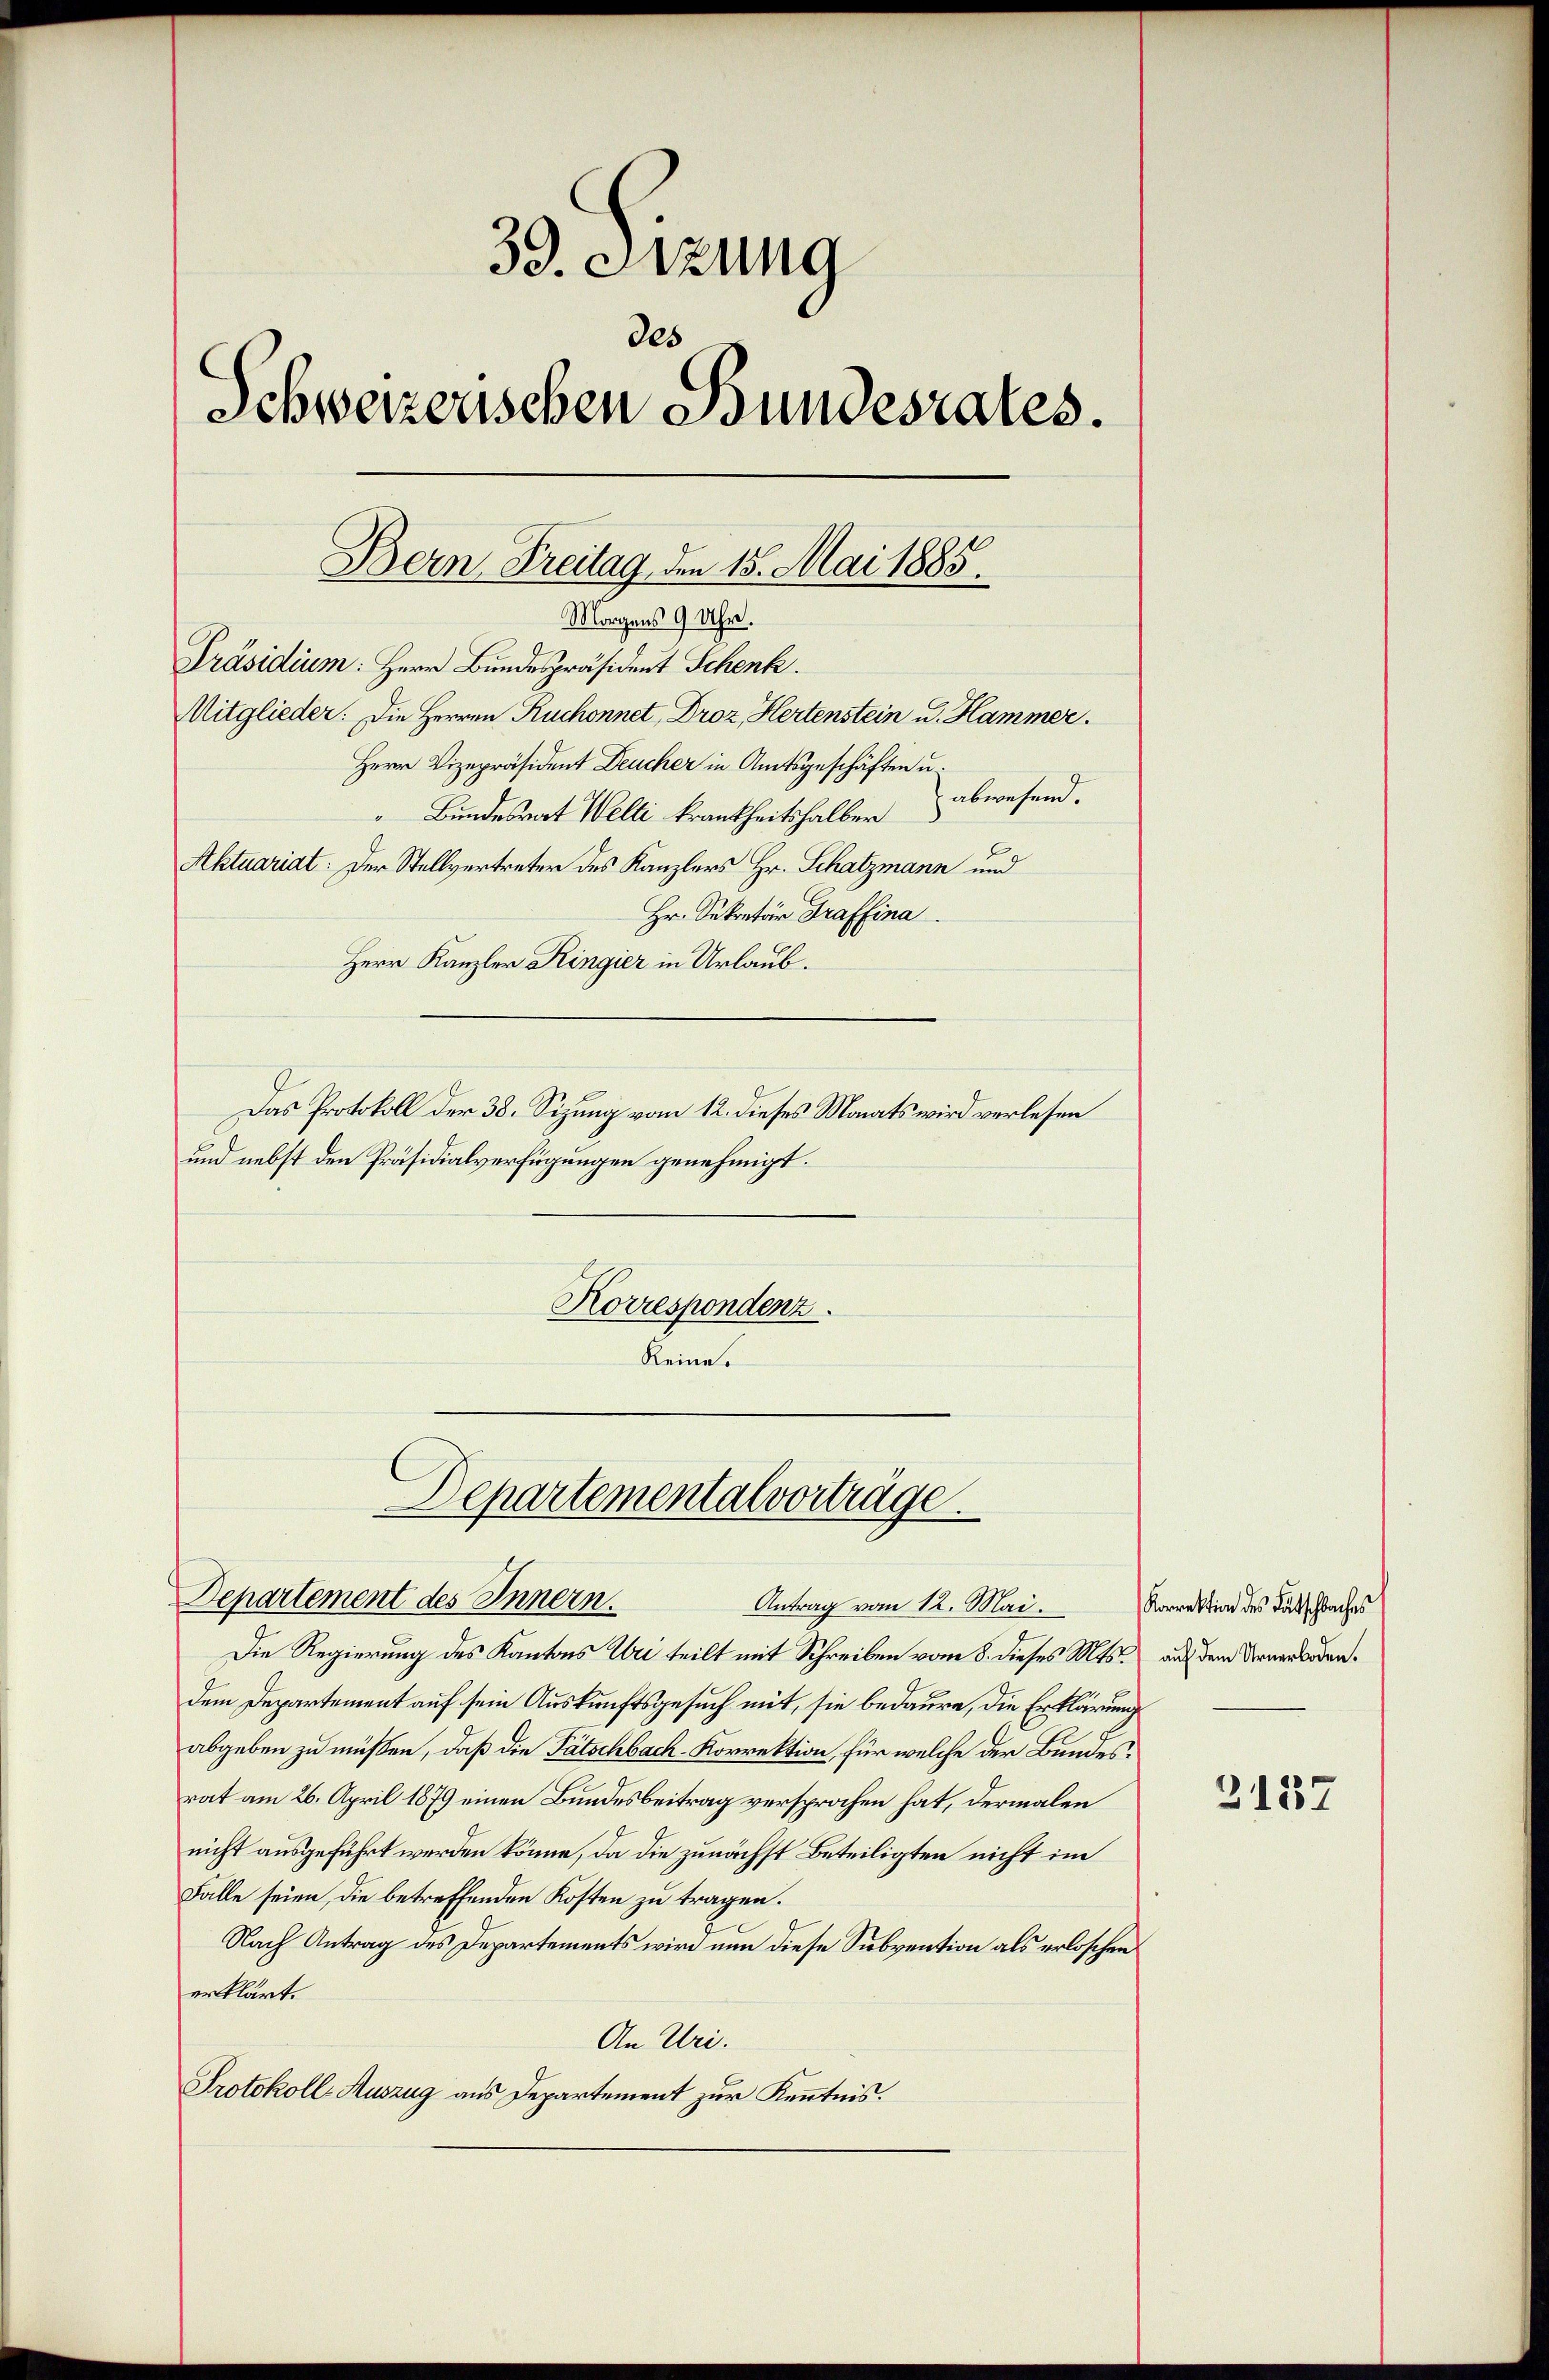
39. Sitzung
des
Schweizerischen Bundesrates.
Präsidium: Herr Bundespräsident Schenk.
Mitglieder: Die Herren Ruchonnet, Droz, Hertenstein u. Hammer.
Herr Vizepräsident Deucher in Amtsgeschäften u.
abwesen.
Bundesrat Welti krankheitshalber
Aktuariat: Der Stellvertreter des Kanzlers Hr. Schatzmann und
Hr. Sekretär Graffina
Herr Kanzler Ringier in Urlaub.
Das Protokoll der 38. Sizung vom 12. dieses Monats wird verlesen
und nebst den Präsidialverfügungen genehmigt.

Korrespondenz.
Reine.

Bern Freitag, den 15. Mai 1885.
Morgens 9 Uhr.

Departementalvorträge.
Departement des Innern.
Antrag vom 12. Mai.

Die Regierung des Kantons Wei teilt mit Schreiben vom 8. dieses Mts. auf dem Urnerbodendem Departement auf sein Auskunftsgesuch mit, sie bedaure, die Erklärung
abgeben zu müßen, daß die Tätschbach-Korrektion, für welche der Bundesrat am 26. April 1879 einen Bundesbeitrag versprochen hat, dermalen
nicht ausgeführt werden könne, da die zunächst Beteiligten nicht im
Falle seien, die betreffenden Kosten zu tragen.
Nach Antrag des Departements wird nun diese Subvention als erloschen
erklärt.
An Uri.
Protokoll-Auszug aus Departement zur Kenntnis.

Korrektion des Lätschbaches

2137